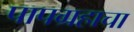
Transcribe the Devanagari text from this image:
पापग्रहाचा